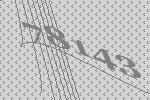
78143